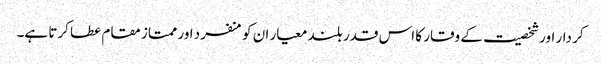
کر دار اور شخصیت کے وقار کا اس قدر بلند معیار ان کو منفرد اور ممتاز مقام عطا کرتا ہے۔